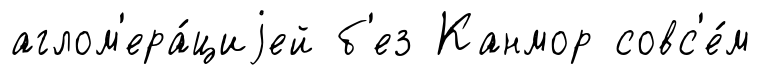
аглом'ера́циjей б'ез Канмор совс'е́м